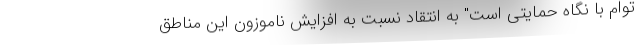
توام با نگاه حمایتی است" به انتقاد نسبت به افزایش ناموزون این مناطق